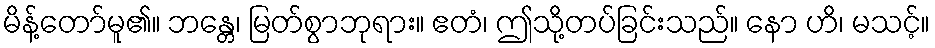
မိန့်တော်မူ၏။ ဘန္တေ၊ မြတ်စွာဘုရား။ ဧတံ၊ ဤသို့တပ်ခြင်းသည်။ နော ဟိ၊ မသင့်။